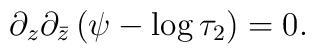
\partial_z\partial_{\bar{z}} \left(\psi - \log \tau_2\right)=0.